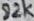
Text: 82k